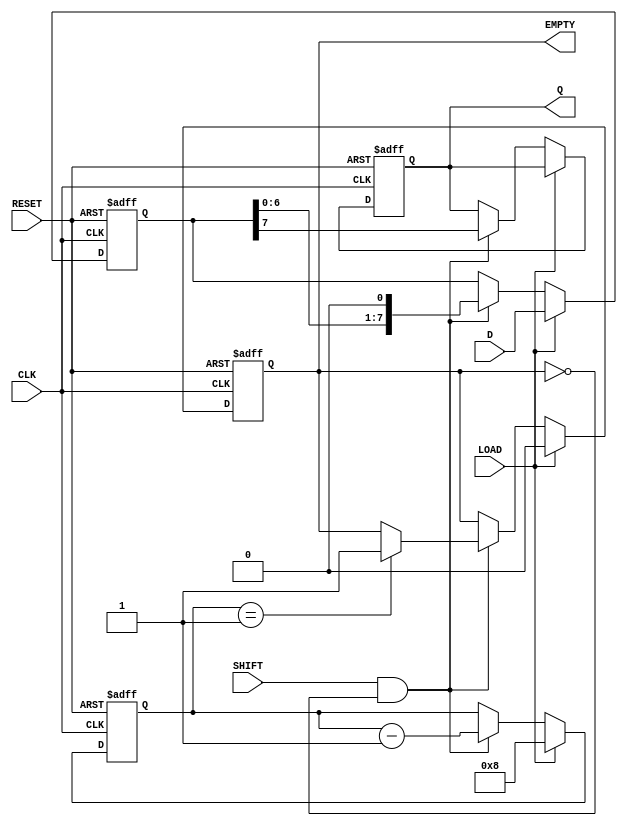
module PISO_Register #(
    parameter WIDTH = 8 // Define the width of the register
)(
    input wire [WIDTH-1:0] D,        // Data input bus
    input wire LOAD,                  // Load signal
    input wire SHIFT,                 // Shift signal
    input wire CLK,                   // Clock signal
    input wire RESET,                 // Reset signal
    output reg Q,                     // Serial output
    output reg EMPTY                  // Empty signal
);

    // Internal register array
    reg [WIDTH-1:0] shift_reg;           // Shift register to hold data
    reg [3:0] bit_count;                  // Counter for shifted bits
    
    // Asynchronous reset logic
    always @(posedge CLK or posedge RESET) begin
        if (RESET) begin
            shift_reg <= 0;              // Clear the shift register
            Q <= 0;                      // Clear the output
            EMPTY <= 1;                 // Register is empty
            bit_count <= 0;              // Reset bit count
        end else begin
            if (LOAD) begin
                shift_reg <= D;          // Load data into the shift register
                EMPTY <= 0;              // Indicate that register is not empty
                bit_count <= WIDTH;      // Set bit count to WIDTH
            end else if (SHIFT && !EMPTY) begin
                Q <= shift_reg[WIDTH-1]; // Output the MSB
                shift_reg <= {shift_reg[WIDTH-2:0], 1'b0}; // Shift left
                bit_count <= bit_count - 1; // Decrease bit count

                // Check if we have shifted all bits out
                if (bit_count == 1) begin
                    EMPTY <= 1;           // Set empty signal when no bits are left
                end
            end
        end
    end

endmodule